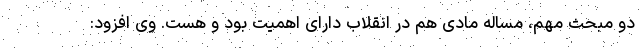
دو مبحث مهم، مساله مادی هم در انقلاب دارای اهمیت بود و هست. وی افزود: